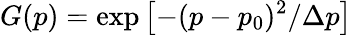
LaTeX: G(p)=\exp\left[-(p-p_{0})^{2}/\Delta p\right]